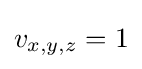
v_{x,y,z}=1